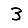
Digit: 3